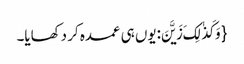
{ وَ کَذٰلِکَ زَیَّنَ:یوں ہی عمدہ کر دکھایا۔